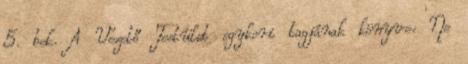
5. bek. A Vezető Testület egykori tagjának könyve: Ne